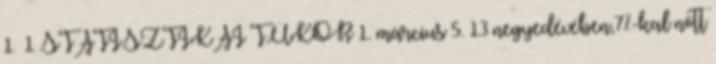
1 1 STATISZTIKAI TÜKÖR 1. március 5. 13 negyedévében,7%-kal nőtt